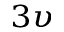
_ { 3 \upsilon }